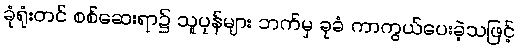
ခုံရုံးတင် စစ်ဆေးရာ၌ သူပုန်များ ဘက်မှ ခုခံ ကာကွယ်ပေးခဲ့သဖြင့်